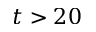
t > 2 0